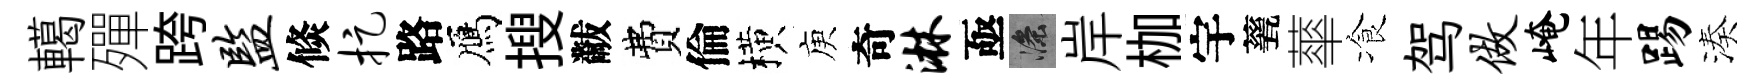
轕殫跨监倐捉路鴈搜黻費倫横庾奇淋亟滌岸枷宇甆蕐飡驾做崦年踢湊